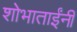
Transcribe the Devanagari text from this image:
शोभाताईंनी